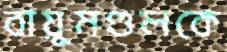
বায়ুমণ্ডলকে